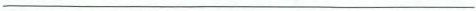
___